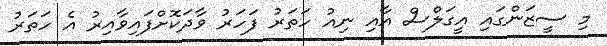
މި ސީޒަންގައި އީގަލްސް އާއި ނިއު ހަތަރު ފަހަރު ވާދަކޮށްފައިވާއިރު އެ ހަތަރު